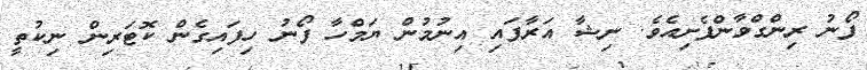
ފޯނު ރިންގްވާންފެށިއެވެ. ނިޝާ އަރާފައި އިނުމުން ޔަމްހާ ފޯނު ހިފައިގެން ކޮޓަރިން ނިކުތީ